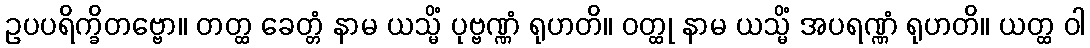
ဥပပရိက္ခိတဗ္ဗော။ တတ္ထ ခေတ္တံ နာမ ယသ္မိံ ပုဗ္ဗဏ္ဏံ ရုဟတိ။ ဝတ္ထု နာမ ယသ္မိံ အပရဏ္ဏံ ရုဟတိ။ ယတ္ထ ဝါ